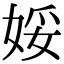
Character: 娞